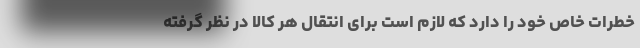
خطرات خاص خود را دارد که لازم است برای انتقال هر کالا در نظر گرفته